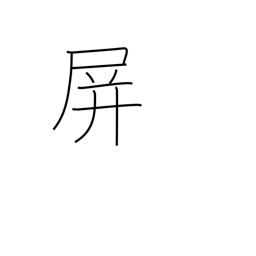
Meaning: fence